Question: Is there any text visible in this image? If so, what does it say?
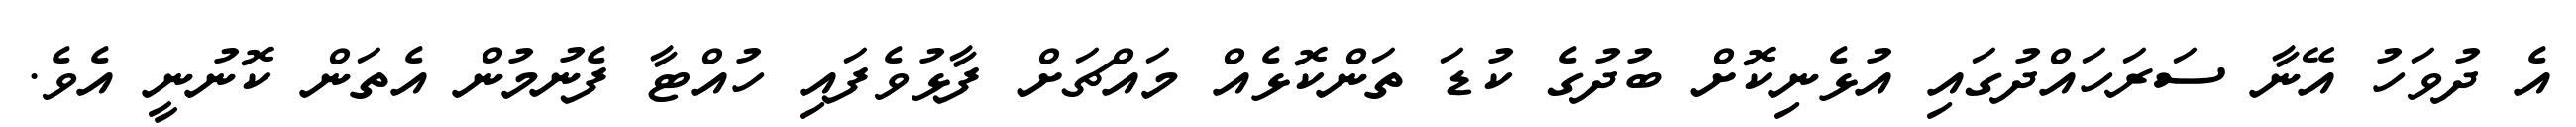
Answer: އެ ދުވަހު އޭނާ ސަރަހައްދުގައި އުޅެނިކޮށް ބުދުގެ ކުޑަ ތަންކޮޅެއް މައްޗަށް ފާޅުވެފައި ހުއްޓާ ފެނުމުން އެތަން ކޮނުނީ އެވެ.